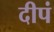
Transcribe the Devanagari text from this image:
दीपं